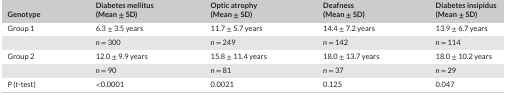
| Genotype | Diabetes mellitus (Mean ± SD) | Optic atrophy (Mean ± SD) | Deafness (Mean ± SD) | Diabetes insipidus (Mean ± SD) |
 | --- | --- | --- | --- | --- |
 | Group 1 | 6.3 ± 3.5 years | 11.7 ± 5.7 years | 14.4 ± 7.2 years | 13.9 ± 6.7 years |
 |  | n = 300 | n = 249 | n = 142 | n = 114 |
 | Group 2 | 12.0 ± 9.9 years | 15.8 ± 11.4 years | 18.0 ± 13.7 years | 18.0 ± 10.2 years |
 |  | n = 90 | n = 81 | n = 37 | n = 29 |
 | P (t‐test) | <0.0001 | 0.0021 | 0.125 | 0.047 |